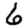
Digit: 6